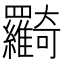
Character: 𦍉